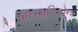
ધારાવાહિકોના